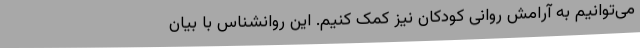
می‌توانیم به آرامش روانی کودکان نیز کمک کنیم. این روانشناس با بیان